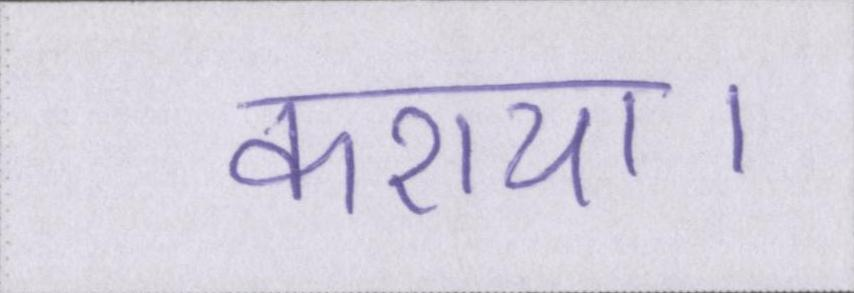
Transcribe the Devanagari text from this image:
कराया।